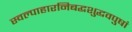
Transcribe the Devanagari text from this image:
स्वल्पाहारनिबद्धशुद्धवपुषां